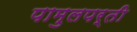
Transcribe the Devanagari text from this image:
पामुलपर्ती